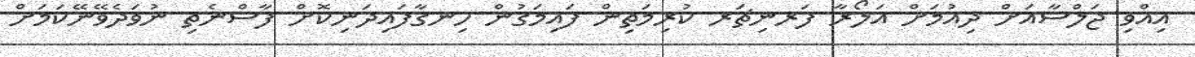
އިއްވި ޖަލްސާއަށް ދިއުމަށް އަލޯރާ ފަރނިޗަރ ކުރިމަތިން ފައިމަގުން ހިނގާފައިދަނިކޮށް ފާސްނެތި ނުވަދެވޭނޭކަމަށް